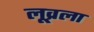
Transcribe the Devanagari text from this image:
लूव्रला